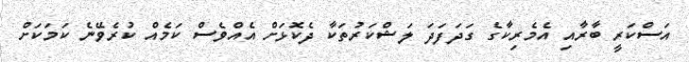
އަސްކަރީ ބާރާއި އެމެރިކާގެ ގަދަފަދަ ލަޝްކަރުތަކާ ދެކޮޅަށް އެއްވެސް ކަމެއް ކުރެވޭނެ ކަމަކަށް